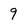
Character: 9